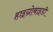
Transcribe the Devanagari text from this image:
हाइग्रोबाइडी